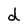
Character: d